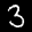
Label: 3